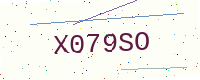
Text: X079SO